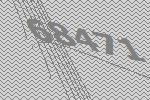
68471